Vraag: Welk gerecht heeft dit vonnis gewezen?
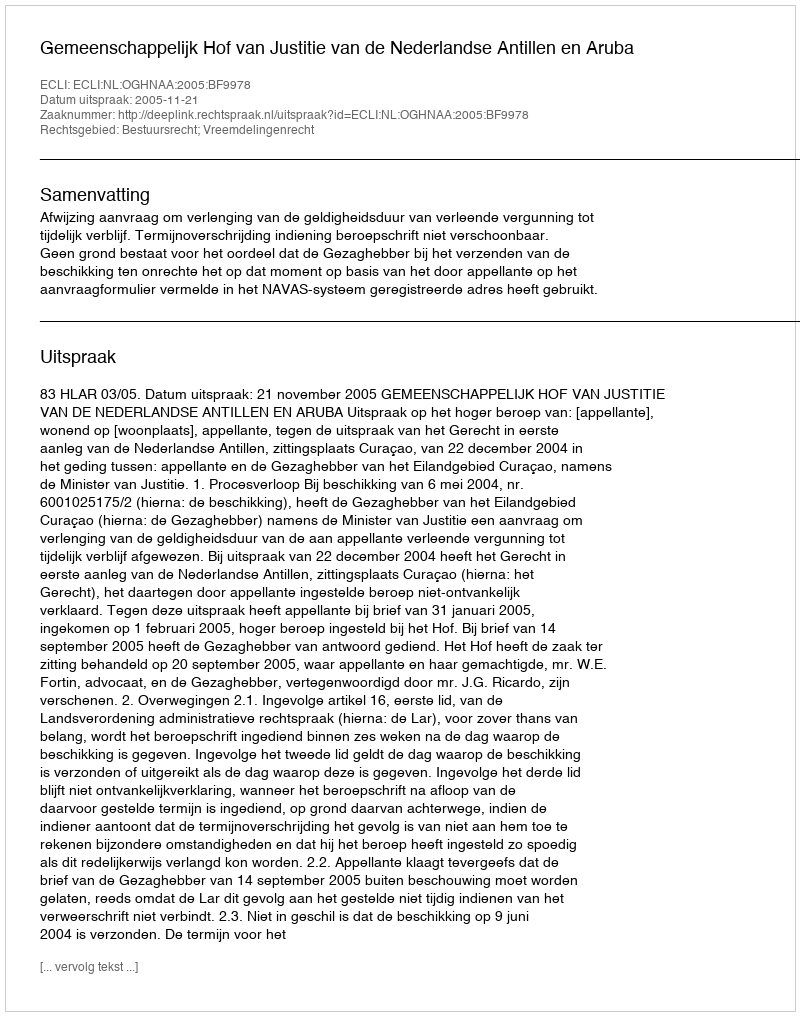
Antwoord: Gemeenschappelijk Hof van Justitie van de Nederlandse Antillen en Aruba